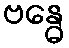
ဗန္ဓေ